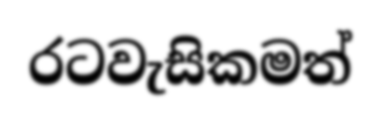
රටවැසිකමත්